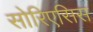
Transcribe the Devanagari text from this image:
सोरिएसिस